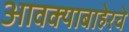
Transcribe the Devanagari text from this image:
आवक्याबाहेरचे